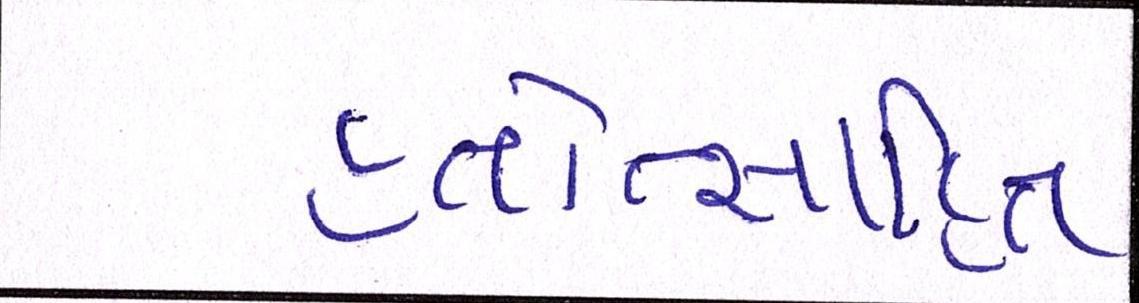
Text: હતોત્સાહિત